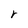
Character: r